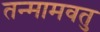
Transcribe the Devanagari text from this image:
तन्मामवतु